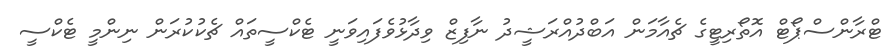
ޓްރާންސްޕޯޓް އޮތޯރިޓީގެ ޗެއާމަން އަބްދުއްރަޝީދު ނާފިޒް ވިދާޅުވެފައިވަނީ ޓެކްސީތައް ޗެކުކުރަން ނިންމީ ޓެކްސީ